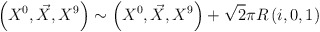
\begin{align*}\left( X^0,\vec X, X^9\right)\sim \left( X^0, \vec X,X^9\right)+\sqrt{2}\pi R\left( i,0,1\right)\end{align*}